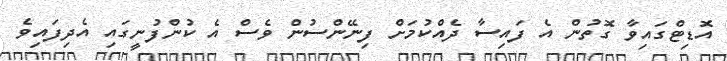
އޮޑިޓްގައިވާ ގޮތުން އެ ފައިސާ ދެއްކުމަށް ފިނޭންސުން ވެސް އެ ކުންފުނީގައި އެދިފައިވެ